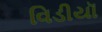
વિડીયૉ